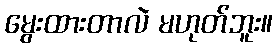
မွေးထားတာလဲ မဟုတ်ဘူး။